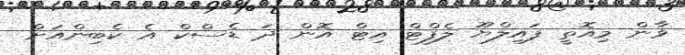
ވާން މިއޮތީ ފައިލްޔޫ ލެފްޓް އިޓް އޮން ދަ ޑެސްކް އެ ކެބިންއަށް